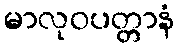
မာလုဝပတ္တာနံ